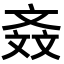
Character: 𣁕